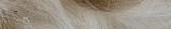
موقف الملك فهد